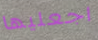
اجعليها